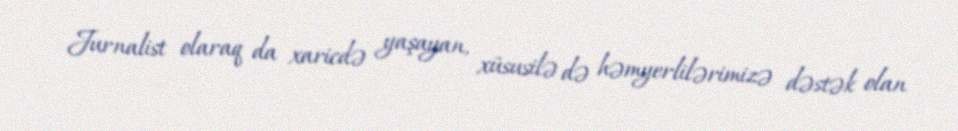
Jurnalist olaraq da xaricdə yaşayan, xüsusilə də həmyerlilərimizə dəstək olan